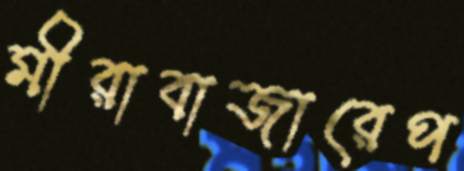
মীরাবাজারেপ